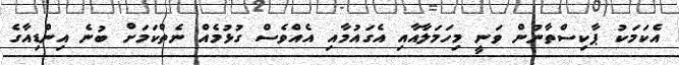
އެކަމަކު ޕާކިސްތާނުން ވަނީ މިހަމަލާއާއި އެގައުމާއި އެއްވެސް ގުޅުމެއް ނެތްކަމަށް ބުނެ އިންޑިއާގެ